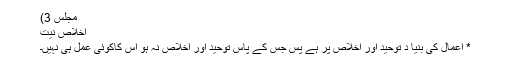
مجلس 3)
اخلاصِ نیت
* اعمال کی بنیا د توحید اور اخلاص پر ہے پس جس کے پاس توحید اور اخلاص نہ ہو اس کاکوئی عمل ہی نہیں۔